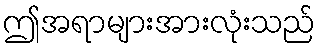
ဤအရာများအားလုံးသည်